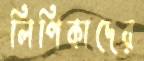
লিপিকাদের